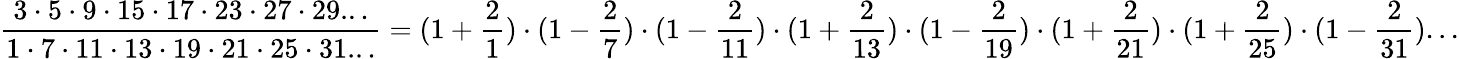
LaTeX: \frac{3\cdot 5\cdot 9\cdot 15\cdot 17\cdot 23\cdot 27\cdot 29...}{1\cdot 7\cdot 11\cdot 13\cdot 19\cdot 21\cdot 25\cdot 31...}=(1+\frac{2}{1})\cdot(1-\frac{2}{7})\cdot(1-\frac{2}{11})\cdot(1+\frac{2}{13})\cdot(1-\frac{2}{19})\cdot(1+\frac{2}{21})\cdot(1+\frac{2}{25})\cdot(1-\frac{2}{31})...